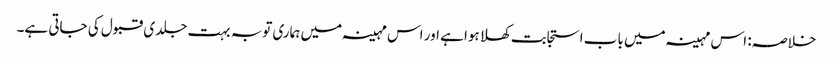
خلاصہ: اس مہینہ میں باب استجابت کھلا ہوا ہے اور اس مہینہ میں ہماری توبہ بہت جلدی قبول کی جاتی ہے۔